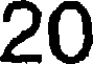
20